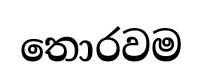
තොරවම